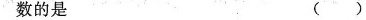
数的是（）